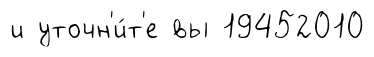
и уточн'и́т'е вы 19452010